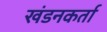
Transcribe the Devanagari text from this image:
खंडनकर्ता